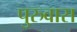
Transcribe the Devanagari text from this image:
पुरुवास